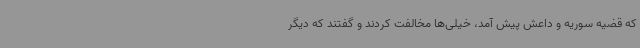
که قضیه سوریه و داعش پیش آمد، خیلی‌ها مخالفت کردند و گفتند که دیگر